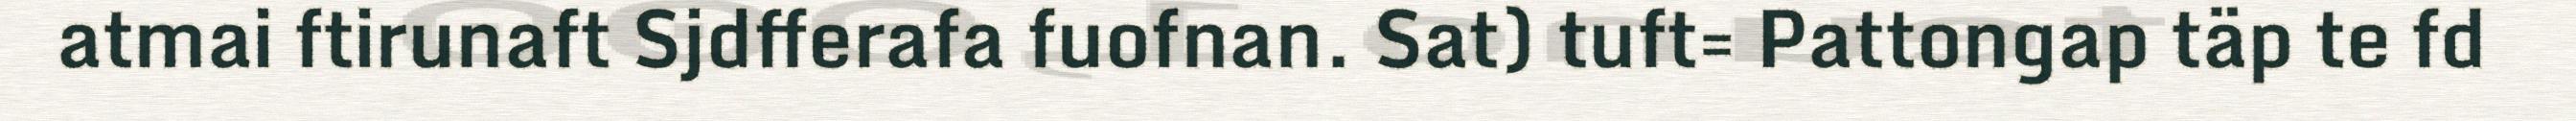
atmai ftirunaft Sjdfferafa fuofnan. Sat) tuft= Pattongap täp te fd